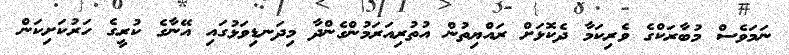
ނަމަވެސް މުބާރަކްގެ ވެރިކަމާ ދެކޮޅަށް ރައްޔިތުން އުތުރިއަރަމުންގެންދާ މިދަނޑިވަޅުގައި އޭނާގެ ކުރީގެ ހަރުކަށިކަން